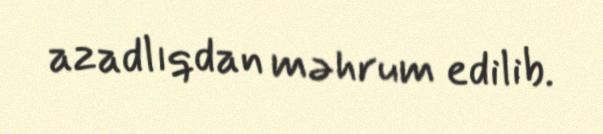
azadlıqdan məhrum edilib.